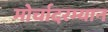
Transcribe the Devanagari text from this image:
मोर्चादरम्यान